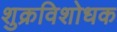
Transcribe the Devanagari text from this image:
शुक्रविशोधक